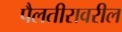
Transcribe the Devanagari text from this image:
पैलतीरावरील